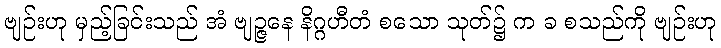
ဗျဉ်းဟု မှည့်ခြင်းသည် အံ ဗျဉ္ဇနေ နိဂ္ဂဟီတံ စသော သုတ်၌ က ခ စသည်ကို ဗျဉ်းဟု